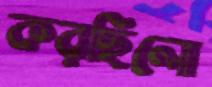
করছিলো